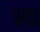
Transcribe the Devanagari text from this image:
पुत्तु